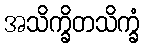
အသိက္ခိတသိက္ခံ